Document type: Testament
Year: 1300
Scribe: Bonanat d'Esparreguera
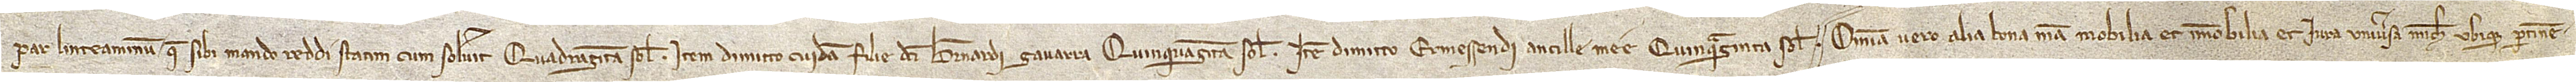
par linteaminum que sibi mando reddi statim cum solverit quadraginta solidos. Item, dimitto cuidam filie dicti Bernardi Gavarra quinquaginta solidos. Item, dimitto Ermessendi, ancille mee, quinquaginta solidos. Omnia vero alia bona mea, mobilia et immobilia, et iura universa michi ubique pertinen-